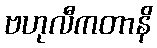
ဗဟုလီကတာနိ